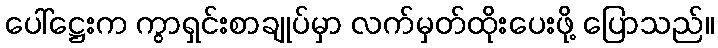
ပေါ်ဋ္ဌေးက ကွာရှင်းစာချုပ်မှာ လက်မှတ်ထိုးပေးဖို့ ပြောသည်။